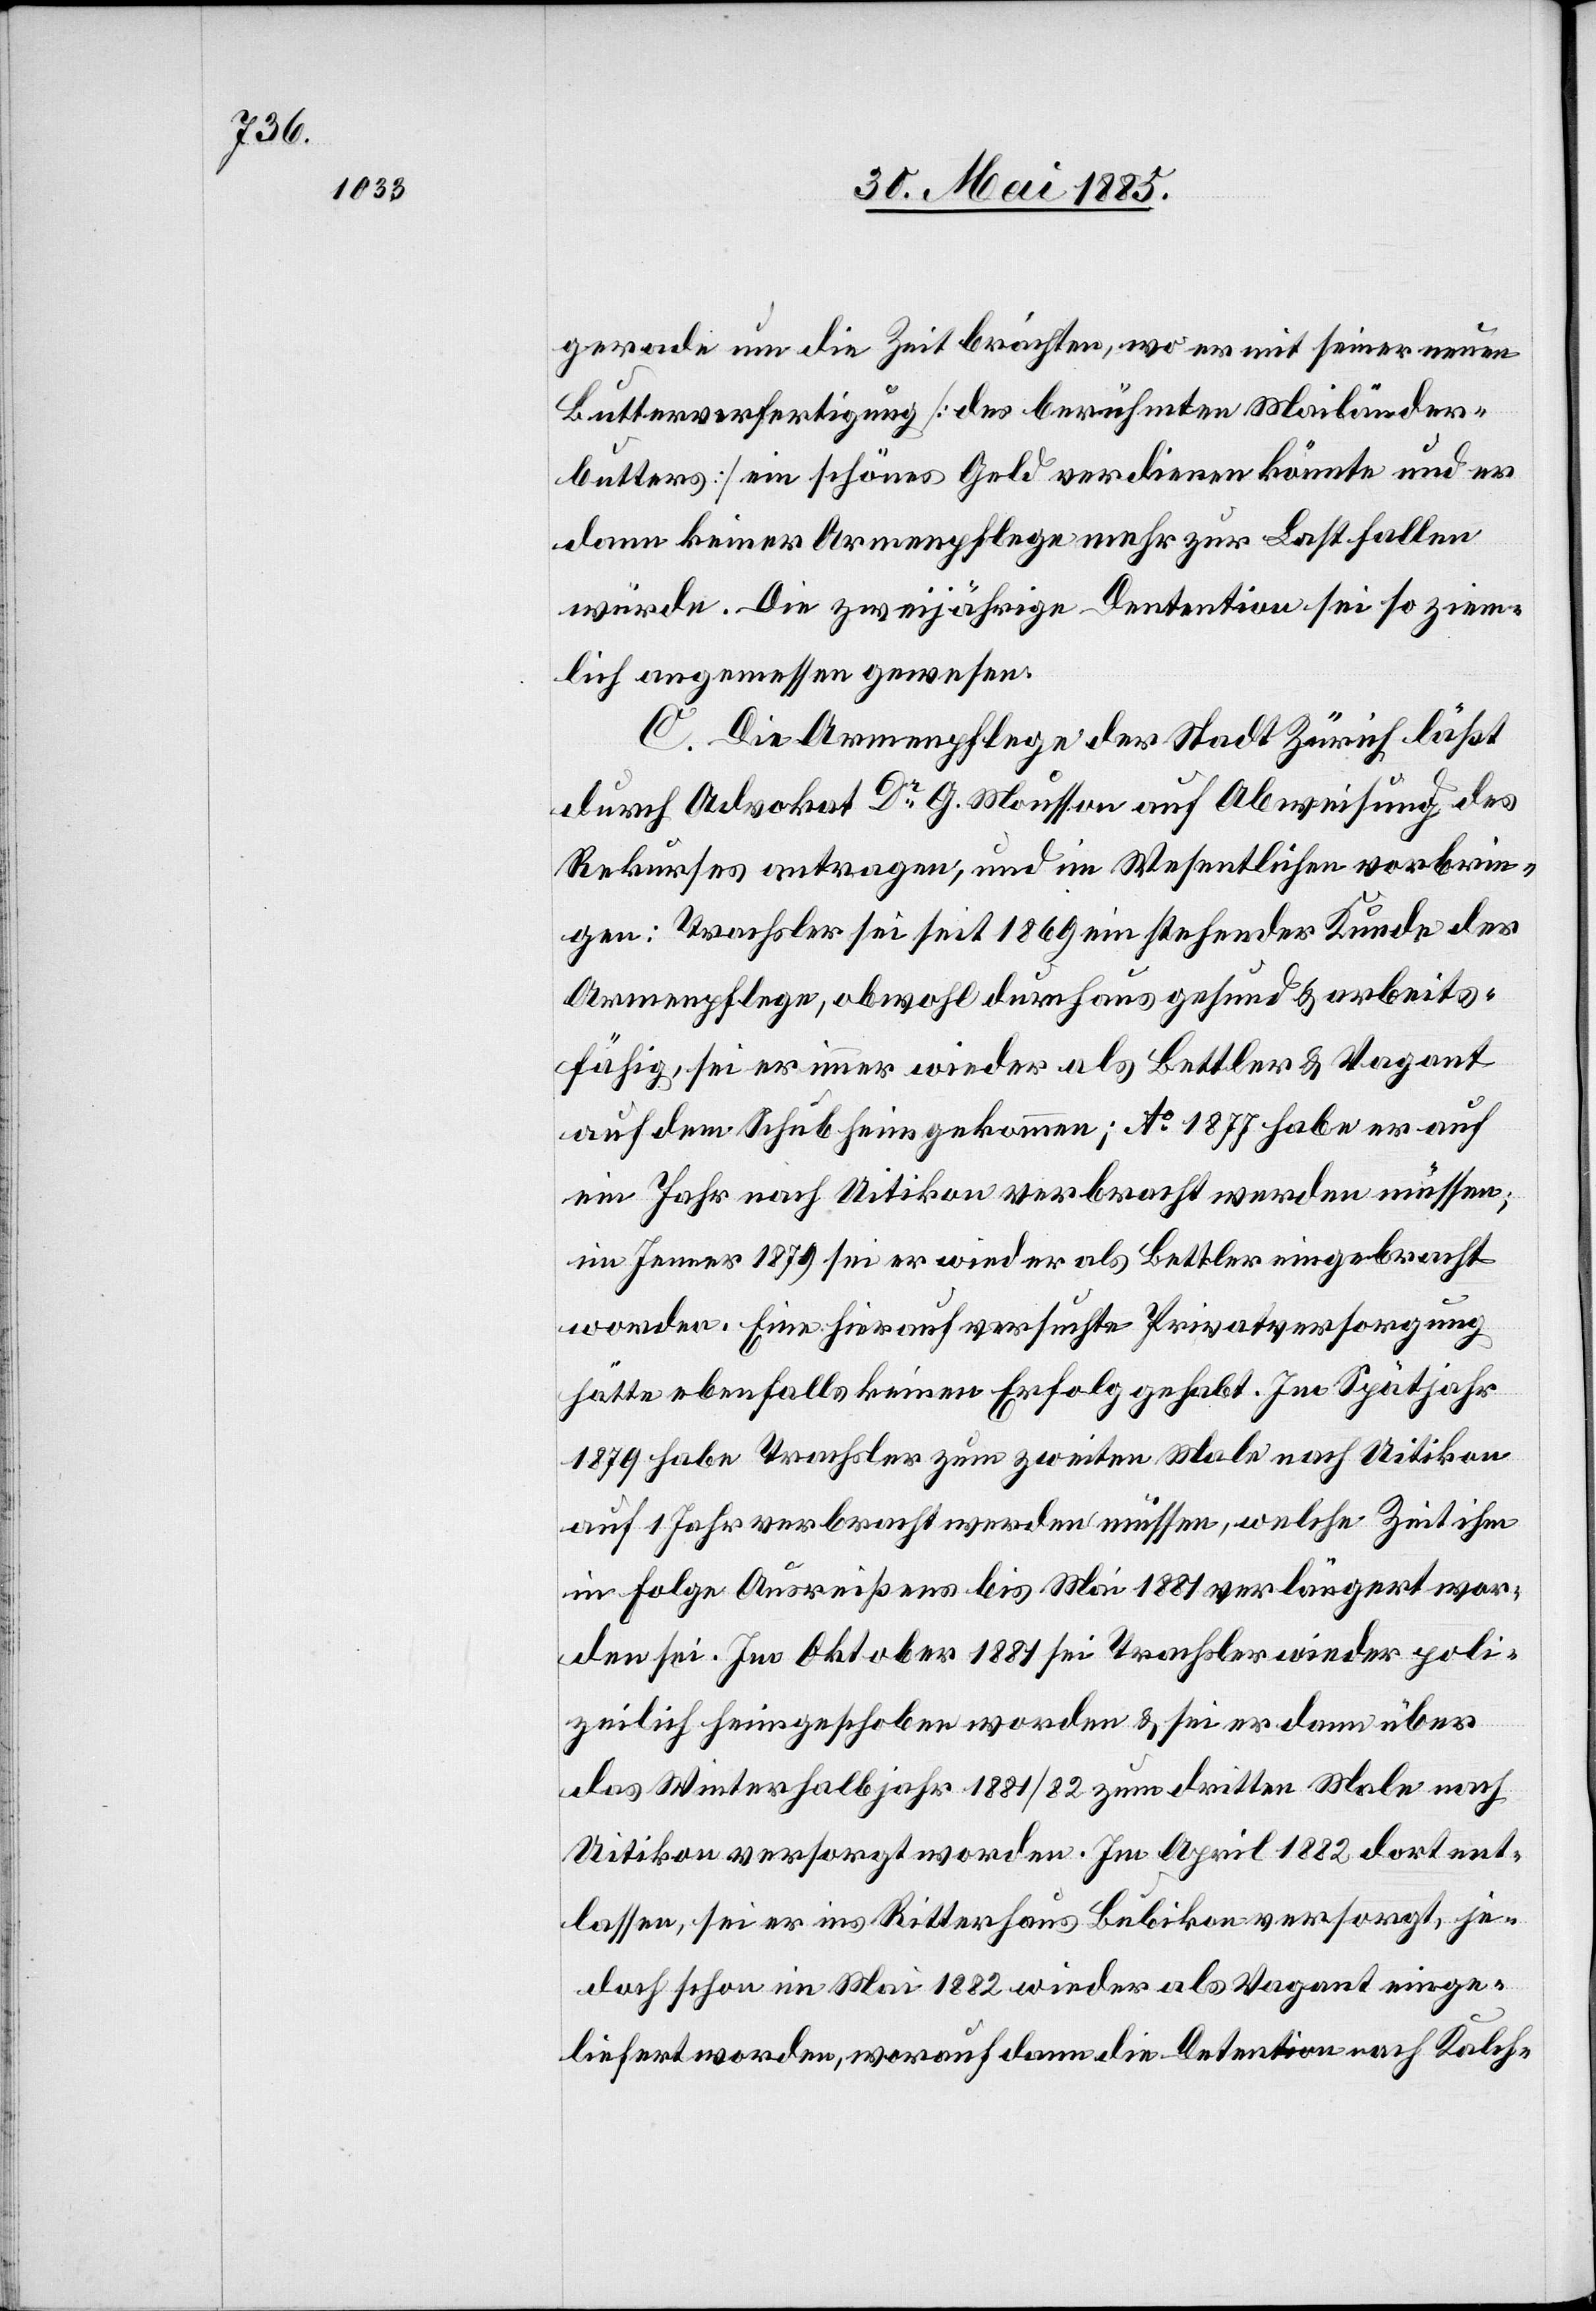
gerade um die Zeit brächten, wo er mit seiner neuen
Buttervertigung [des berühmten Mailänder¬
butters] ein schönes Geld verdienen könnte und er
dann keiner Armenpflege mehr zur Last fallen
würde. Die zweijährige Detention sei so ziem¬
lich angemessen gewesen.
C. Die Armenpflege der Stadt Zürich läßt
durch Advokat Dr G. Mousson auf Abweisung des
Rekurses antragen, und im Wesentlichen vorbrin¬
gen: Trachsler sei seit 1869 ein stehender Kunde der
Armenpflege, obwohl durchaus gesund & arbeits¬
fähig, sei er immer wieder als Bettler & Vagant
auf dem Schub heimgekommen; Ao 1877 habe er auf
ein Jahr nach Uitikon verbracht werden müssen;
im Januar 1879 sei er wieder als Bettler eingebracht
worden. Eine hierauf versuchte Privatversorgung
hätte ebenfalls keinen Erfolg gehabt. Im Spätjahr
1879 habe Trachsler zum zweiten Male nach Uitikon
auf 1 Jahr verbracht werden müssen, welche Zeit ihm
in Folge Ausreißens bis Mai 1881 verlängert wor¬
den sei. Im Oktober 1881 sei Trachsler wieder poli¬
zeilich heimgeschoben worden & sei er dann über
das Winterhalbjahr 1881/82 zum dritten Male nach
Uitikon versorgt worden. Im April 1882 dort ent¬
lassen, sei er ins Ritterhaus Bubikon versorgt, je¬
doch schon im Mai 1882 wieder als Vagant einge¬
liefert worden, worauf dann die Detention nach Kalch-